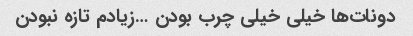
دونات‌ها خیلی خیلی چرب بودن …زیادم تازه نبودن